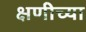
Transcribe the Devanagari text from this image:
क्षणीच्या